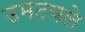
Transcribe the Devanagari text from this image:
उमटवले